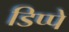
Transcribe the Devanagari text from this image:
डिप्‍पे